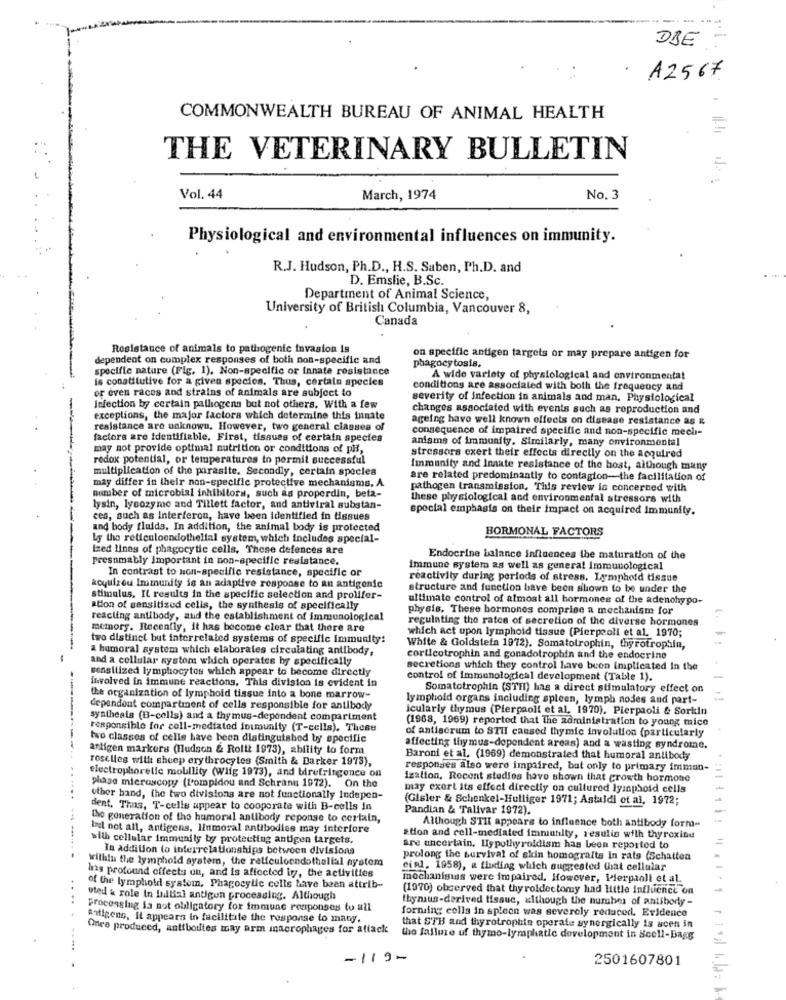
1 .
DBE -
· A2567
COMMONWEALTH BUREAU OF ANIMAL HEALTH
THE VETERINARY BULLETIN
Vol. 44
March, 1974
No. 3
Physiological and environmental influences on immunity.
R.J. Hudson, Ph.D ., H.S. Saben, Ph.D. and
D. Emslie, B.Sc.
Department of Animal Science,
University of British Columbia, Vancouver 8,
Canada
Resistance of animals to pathogenic invasion is
dependent on complex responses of both non-specific and
on specific antigen targets or may prepare antigen for
specifie nature (Fig. 1). Non-specific or innate resistance
phagocytosis.
is constitutive for a given species. Thus, certain species
A wide variety of physiological and environmental
or even races and strains of animals are subject to
conditions are associated with both the frequency and
severity of infection in animals and man, Physiological
Infection by certain pathogens but not others. With a few
changes associated with events such as reproduction and
-
exceptions, the major factors which determine this innate
ageing havo well known effects on disease resistance as &
resistance are unknown, However, two general classes of
consequence of impaired specific and non-specific mech-
factors are identifiable. First, tissues of certain species
anisms of immunity. Similarly, many environmental
may not provide optimal nutrition or conditions of pH,
redox potential, or temperatures to permit successful
stressors exert their effects directly on the acquired
multiplication of the parasite. Secondly, certain species
Immunity and Innate resistance of the host, although mang
may differ in their non-specific protective mechanisms, A
are related predominantly to contagion-the facilitation of
pathogen transmission, This review is concerned with
number of microbial inhibitors, such as properdin, beta-
these physiological and environmental stressors with
lysin, lysozyme and Tillett factor, and antiviral substan-
special emphasis on their impact on acquired immunity.
ces, such as Interferon, have been identified in tissues
and body fluids. In addition, the animal body is protected
HORMONAL FACTORS
Lg the reticuloendothelial system, which includes special-
ized lines of phagocytic cells, These defences are
Presumably important in non-specific resistance.
Endocrine balance influences the maturation of the
In contrast to non-specific resistance, specific or
immune system as well as general immunological
reactivity during periods of stress. Lymphoid tissue
koyuizou Immunity is an adaptive response to an antigonic
structure and function have been shown to be under the
stimulus. It results in the specific selection and prolifer-
ultimate control of almost all hormones of the adenohypo-
ation of sensitized cells, the synthesis of specifically
physis. These hormones comprise a mechanism for
reacting antibody, aud the establishment of immunological
regulating the rates of secretion of the diverse hormones
memory. Recently, it has become clear that there are
which act upon lymphoid tissue (Pierpaoli et al. 1970;
two distinct but interrelated systems of specific immunity:
a humoral system which elaborales circulating antibody,
White & Goldstein 1972), Somatotrophin, thyrotrophin,
and a cellular systom which operates by specifically
corticotrophin and gonadotrophin and the endocrine
sensitized lymphocytes which appear to become directly
secretions which they control have been implicated In the
involved in immune reactions, This division is evident in
control of immunological development (Table 1).
Somatotrophin (STHI) has a direct stimulatory effect on
the organization of lymphoid tissue into a bone marrow-
lymphold organs including spleen, lymph nodes and part-
dependent compartment of cells responsible for antibody
icularly thymus (Pierpaoli et al, 1970). Pierpaoli & Sorkin
synthesia (B-cells) and a thymus-dependent compartment
(1968, 1969) reported that The administration to young mice
responsible for cell-mediated inimunity (T-cells). These
of antiserum to STI caused thymic involution (particularly
two classes of cells have been distinguished by specific
antigen markers (Hudson & Roitt 1973), ability to form
affecting thymus-dependent areas) and a wasting syndrome.
roseltes with sheep erythrocytes (Smith & Darker 1973),
Baroni et al. (1969) demonstrated that humoral antibody
responses also were impaired, but only to primary imman-
electrophoretic mobility (wiig 1973), and birefringence on
ization, Recent studies have shown that growth hormone
phase microscopy (l'ompidou and Schranu 1972). On the
may exert its effect directly on cultured lymphoid cells
. ....
other band, the two divisions are not functionally Indepen-
(Glsler & Schenkel-Hulliger 1971; Astaldi et al, 1972;
dent. Thus, T-cells appear to cooperate with B-cells In
Pandlan & Talivar 1972).
the generation of tho humoral antibody reponse to certain,
but not all, antigens, linmoral antibodies may interiore
Although STIL appears to influence both antibody forma-
with cellular Immunity by protecting antigen targets.
ation and cell-mediated immutilty, resulio with thyroxine
In addition to interrelationships between divisions
are uncertain. Hypothyroidism has been reported to
-------
within the lymphold system, the reticuloendothelial system
prolong the survival of skin homografta in rats (Schatten
has profound effects on, and is affected in, the activities
ci al. 1958), & flading which suggested that cellular
mechanigias were impaired. However, Pierpaoli et al.
of the lymphold system, Phagocylic cells have been attrib-
(1970) observed that thyroidectomy had little influence on
uted & role in Initial antigun processing. Although
thymus-derived tissue, although the number of antibody -
Processing la not obligatory for immune responses to all
.....
Batigene, It appears in facilitate the response to many.
forniing colis in spleon was severely reduced. Evidence
Once produced, antibodies may arm macrophages for attack
that STH and thyrotrophin operate synergically is acen in
the failure uf thymo-lymphatic development in Bcell-Bagg
---.
-119-
2501607801